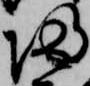
帰